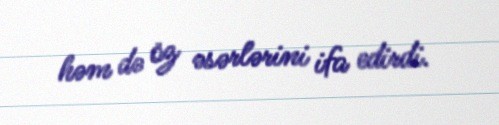
həm də öz əsərlərini ifa edirdi.